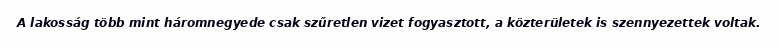
A lakosság több mint háromnegyede csak szűretlen vizet fogyasztott, a közterületek is szennyezettek voltak.